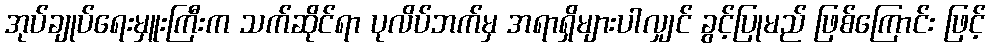
အုပ်ချုပ်ရေးမှူးကြီးက သက်ဆိုင်ရာ ပုလိပ်ဘက်မှ အရာရှိများပါလျှင် ခွင့်ပြုမည် ဖြစ်ကြောင်း ဖြင့်